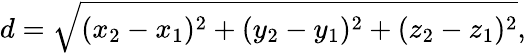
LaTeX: d={\sqrt{(x_{2}-x_{1})^{2}+(y_{2}-y_{1})^{2}+(z_{2}-z_{1})^{2}}},